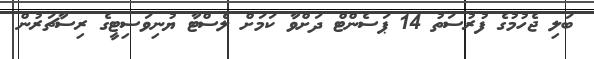
ބަލި ޖެހުމުގެ ފުރުސަތު 14 ޕަސެންޓް ދަށްވާ ކަމަށް ލެސްޓާ ޔުނިވަސިޓީގެ ރިސާޗަރުން